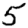
Digit: 5